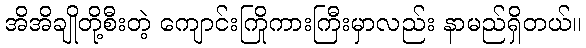
အိအိချိုတို့စီးတဲ့ ကျောင်းကြိုကားကြီးမှာလည်း နာမည်ရှိတယ်။